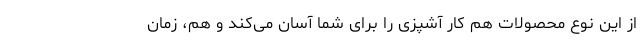
از این نوع محصولات هم کار آشپزی را برای شما آسان می‌کند و هم، زمان‌